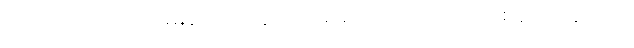
သူတို့ရထားက သိပ်မမြန်ဘူးဗျ၊ ဘူတာတစ်ခါရောက်ရင် ထင်းတစ်ခါထိုးနေ ရတာ